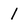
Character: 1